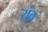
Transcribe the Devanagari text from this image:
रांव